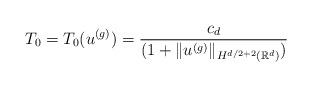
LaTeX: \begin{align*} T_0=T_0(u^{(g)}) = \frac {c_d} {(1+\|u^{(g)} \|_{H^{d/2+2}(\mathbb R^d)} )} \end{align*}